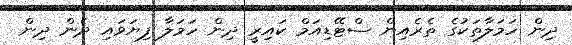
ދިން ހަމަލާތަކުގެ ތެރެއިން ސްޓޭޑިއަމް ކައިރީ ދިން ހަމަލާ ފިޔަވައި ދެން ދިން